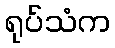
ရုပ်သံက